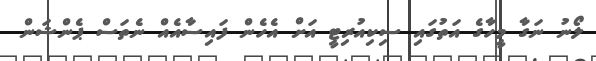
ލޯނު ނަގާ މީހާގެ އަތުގައި ސިކިއުރިޓީ އަށް އެހެން ފައިސާއެއް ނެތަސް ޕެންޝަން